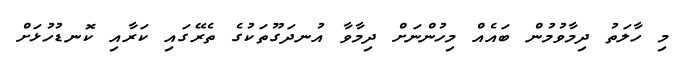
މި ހާލަތު ދިމާވުމުން ބައެއް މިހުންނަށް ދިމާވާ އުނދަގޫތަކުގެ ތެރޭގައި ކަރާއި ކޮނޑުހުޅަށް